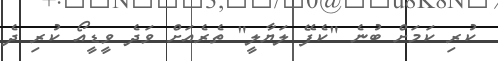
ކުރި ކަމަށް ބުނެ "ކެފޭ ލަޔާލީ" ތެރެއަށް ވަދެ ވީޑީއޯ ކުރި ދެ